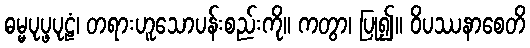
ဓမ္မပုပ္ဖပုဠံ၊ တရားဟူသောပန်းစည်းကို။ ကတွာ၊ ပြု၍။ ဝိပဿနာစေတိ